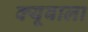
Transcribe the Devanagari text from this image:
क्यूबाला